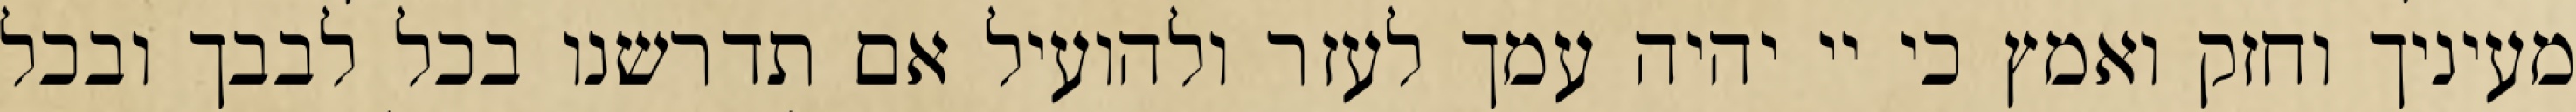
מעיניך וחזק ואמץ כי יי יהיה עמך לעזר ולהועיל אם תדרשנו בכל לבבך ובכל